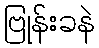
ဗြုန်းခနဲ